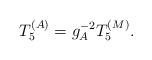
LaTeX: \begin{align*}T_5^{(A)} = g_A^{-2} T_5^{(M)}. \end{align*}